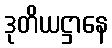
ဒုတိယဋ္ဌာနေ